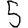
Digit: 5